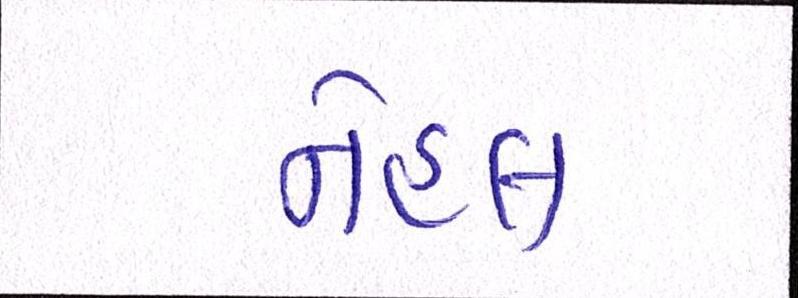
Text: નેહલ